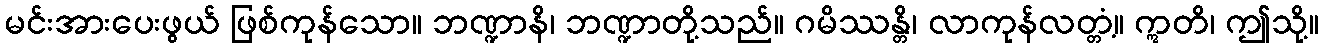
မင်းအားပေးဖွယ် ဖြစ်ကုန်သော။ ဘဏ္ဍာနိ၊ ဘဏ္ဍာတို့သည်။ ဂမိဿန္တိ၊ လာကုန်လတ္တံ့။ ဣတိ၊ ဤသို့။